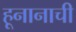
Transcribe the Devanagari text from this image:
हूनानाची